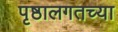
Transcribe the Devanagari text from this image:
पृष्ठालगतच्या